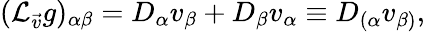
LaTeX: ({\cal L}_{\vec{v}}g)_{\alpha\beta}=D_{\alpha}v_{\beta}+D_{\beta}v_{\alpha}\equiv D_{(\alpha}v_{\beta)},